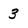
Character: 3